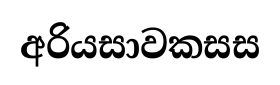
අරියසාවකසස